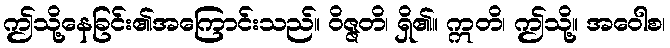
ဤသို့နေခြင်း၏အကြောင်းသည်။ ဝိဇ္ဇတိ၊ ရှိ၏။ ဣတိ၊ ဤသို့။ အဝေါစ၊